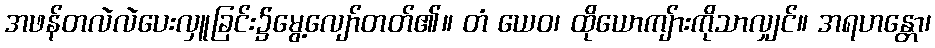
အဖန်တလဲလဲပေးလှူခြင်း၌မွေ့လျော်တတ်၏။ တံ ယေဝ၊ ထိုယောကျ်ားကိုသာလျှင်။ အရဟန္တော၊